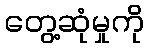
တွေ့ဆုံမှုကို